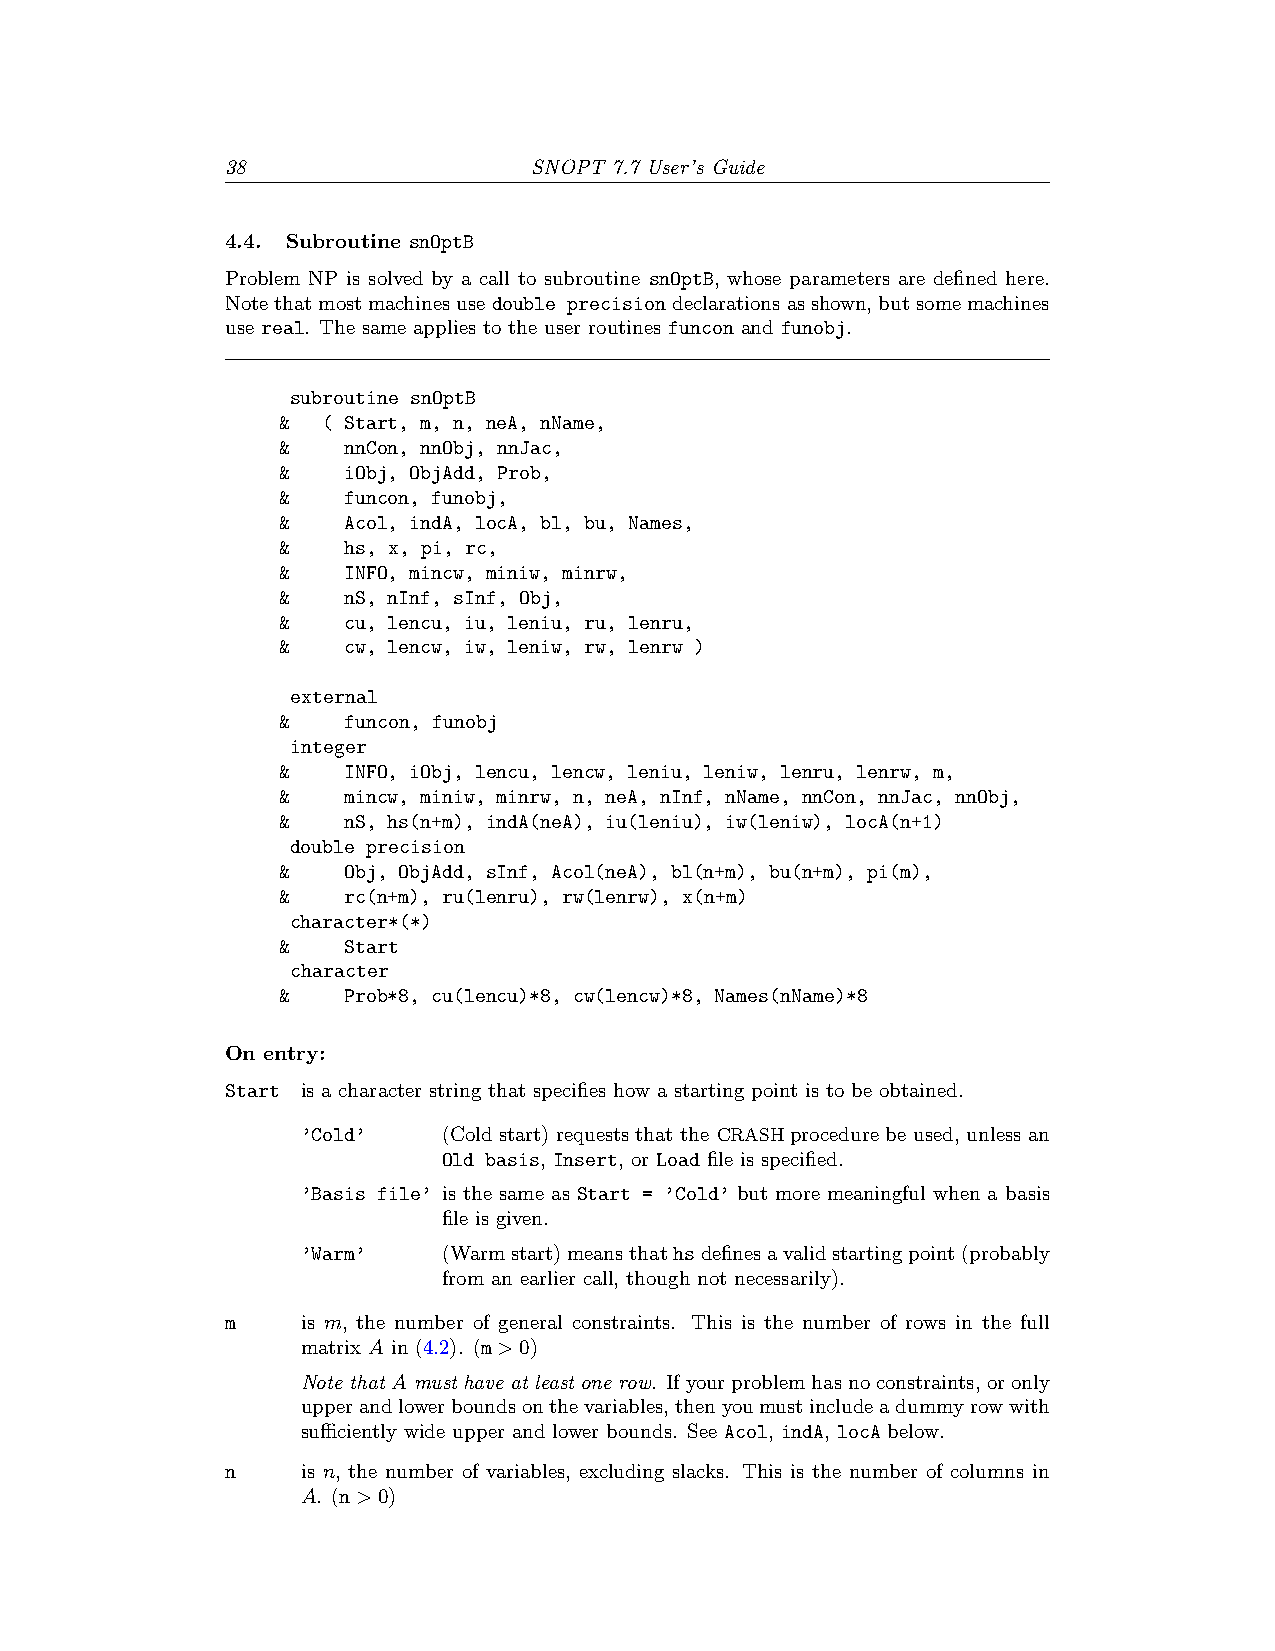
38                  SNOPT 7.7 User’s Guide
 4.4. Subroutine snOptB
 Problem NP is solved by a call to subroutine snOptB, whose parameters are defined here.
 Notethatmostmachinesusedouble precisiondeclarationsasshown,butsomemachines
 use real. The same applies to the user routines funcon and funobj.
 subroutine snOptB
 & ( Start, m, n, neA, nName,
 &   nnCon, nnObj, nnJac,
 &   iObj, ObjAdd, Prob,
 &   funcon, funobj,
 &   Acol, indA, locA, bl, bu, Names,
 &   hs, x, pi, rc,
 &   INFO, mincw, miniw, minrw,
 &   nS, nInf, sInf, Obj,
 &   cu, lencu, iu, leniu, ru, lenru,
 &   cw, lencw, iw, leniw, rw, lenrw )
 external
 &   funcon, funobj
 integer
 &   INFO, iObj, lencu, lencw, leniu, leniw, lenru, lenrw, m,
 &   mincw, miniw, minrw, n, neA, nInf, nName, nnCon, nnJac, nnObj,
 &   nS, hs(n+m), indA(neA), iu(leniu), iw(leniw), locA(n+1)
 double precision
 &   Obj, ObjAdd, sInf, Acol(neA), bl(n+m), bu(n+m), pi(m),
 &   rc(n+m), ru(lenru), rw(lenrw), x(n+m)
 character*(*)
 &   Start
 character
 &   Prob*8, cu(lencu)*8, cw(lencw)*8, Names(nName)*8
 On entry:
 Start is a character string that specifies how a starting point is to be obtained.
 ’Cold’   (Cold start) requests that the CRASH procedure be used, unless an
 Old basis, Insert, or Load file is specified.
 ’Basis file’ is the same as Start = ’Cold’ but more meaningful when a basis
 file is given.
 ’Warm’   (Warmstart)meansthathsdefinesavalidstartingpoint(probably
 from an earlier call, though not necessarily).
 m    is m, the number of general constraints. This is the number of rows in the full
 matrix A in (4.2). (m>0)
 Note that A must have at least one row. Ifyourproblemhasnoconstraints,oronly
 upperandlowerboundsonthevariables,thenyoumustincludeadummyrowwith
 sufficiently wide upper and lower bounds. See Acol, indA, locA below.
 n    is n, the number of variables, excluding slacks. This is the number of columns in
 A. (n>0)